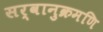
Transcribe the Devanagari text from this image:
सर्वानुक्रमणि